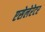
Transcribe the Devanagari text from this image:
एसेलेरेटर